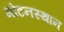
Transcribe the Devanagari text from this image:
गोटनस्थान